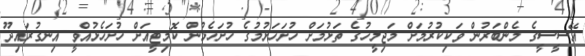
އޭސީސީގެ މެންބަރުން ވަކިކުރުމަށް މަޖިލީހުގެ ތަޅުމަށް ހުށަހަޅުމުގެ ހުށަހެޅުން ކޮމިޓީއަށް ހުށަހެޅުއްވީ އިނގުރައިދޫ